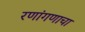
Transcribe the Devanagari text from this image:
रणांगणाचा